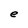
Character: e